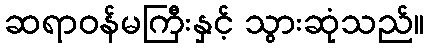
ဆရာဝန်မကြီးနှင့် သွားဆုံသည်။